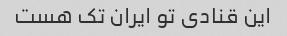
این قنادی تو ایران تک هست